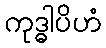
ကုဒ္ဓါပိဟံ